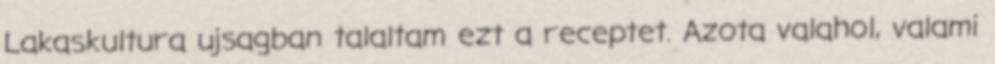
Lakaskultura ujsagban talaltam ezt a receptet. Azota valahol, valami